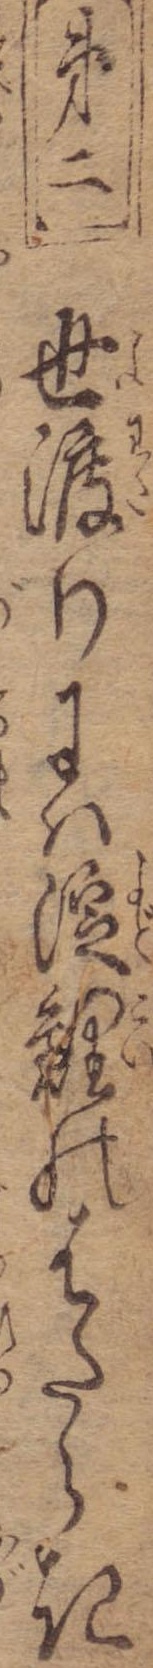
第二世渡りには淀鯉のはたらき